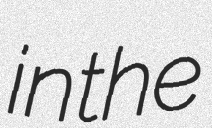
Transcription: in the